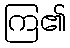
ကြ၏